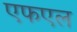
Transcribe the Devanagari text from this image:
एफएल